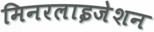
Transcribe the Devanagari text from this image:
मिनरलाइजेशन